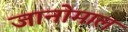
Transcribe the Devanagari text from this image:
जानोमाल